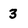
Character: 3